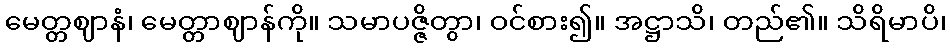
မေတ္တဈာနံ၊ မေတ္တာဈာန်ကို။ သမာပဇ္ဇိတွာ၊ ဝင်စား၍။ အဋ္ဌာသိ၊ တည်၏။ သိရိမာပိ၊